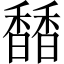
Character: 𩡐